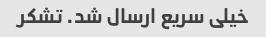
خیلی سریع ارسال شد. تشکر